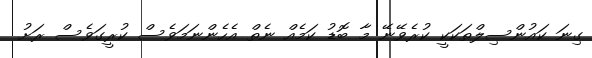
ގިނަ ކައުންސިލްތަކަކީ ކުރެވޭނޭ މާ ބޮޑު ކަމެއް ނެތް އެހެންނަމަވެސް ކުރީގަވެސް ރަށު